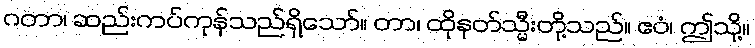
ဂတာ၊ ဆည်းကပ်ကုန်သည်ရှိသော်။ တာ၊ ထိုနတ်သ္မီးတို့သည်။ ဧဝံ၊ ဤသို့။